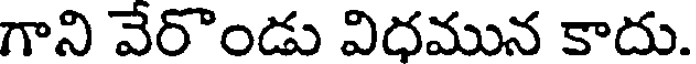
గాని వేరొండు విధమున కాదు.